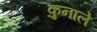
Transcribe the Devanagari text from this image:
कुनाले